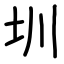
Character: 圳